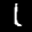
Label: 1